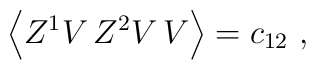
\Big\langle Z^1 V\, Z^2 V\, V \Big\rangle = c_{12}\ ,